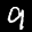
Label: 9